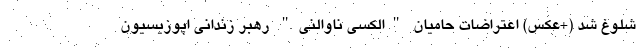
شلوغ شد (+عکس) اعتراضات حامیان "الکسی ناوالنی" رهبر زندانی اپوزیسیون